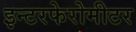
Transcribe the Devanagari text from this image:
इन्टरफेरोमीटर